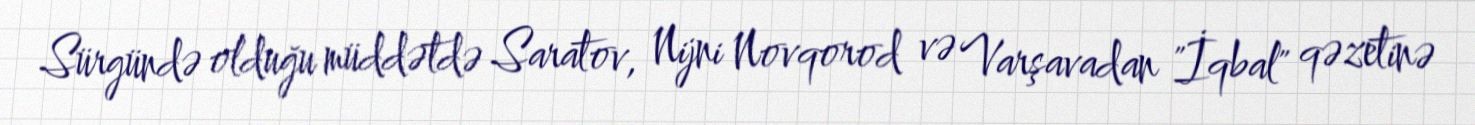
Sürgündə olduğu müddətdə Saratov, Nijni Novqorod və Varşavadan "İqbal" qəzetinə